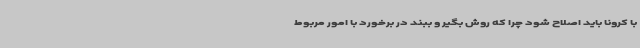
با کرونا باید اصلاح شود چرا که روش بگیر و ببند در برخورد با امور مربوط